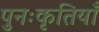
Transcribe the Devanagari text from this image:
पुनःकृतियाँ